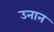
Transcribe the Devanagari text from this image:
उनान